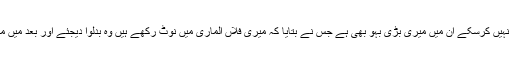
واضح رہے کہ ابھی نیپال کے نوٹ باقی ہیں اور کروڑوں غیرملکوں میں ہونے کی وجہ سے جمع نہیں کرسکے ان میں میری بڑی بہو بھی ہے جس نے بتایا کہ میری فلاں الماری میں نوٹ رکھے ہیں وہ بدلوا دیجئے اور بعد میں معلوم ہوا کہ جس الماری میں تھے اس کی چابی وہ اپنے ساتھ مدینہ لے گئی تھی اور وہ جلانا پڑے۔